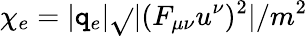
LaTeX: \chi_{e}=|\mathtt{q}_{e}|\sqrt{}{{|(F_{\mu\nu}u^{\nu})^{2}|}}/m^{2}